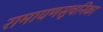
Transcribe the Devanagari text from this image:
रामायणसूचनिका